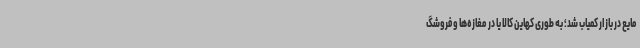
مایع در بازار کمیاب شد؛ به طوری کهاین کالا یا در مغازه‌ها و فروشگ